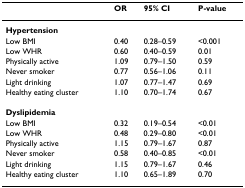
<table><thead><tr><td></td><td><b>OR</b></td><td><b>95% CI</b></td><td><b>P-value</b></td></tr></thead><tbody><tr><td><b>Hypertension</b></td><td></td><td></td><td></td></tr><tr><td>Low BMI</td><td>0.40</td><td>0.28–0.59</td><td>&lt;0.001</td></tr><tr><td>Low WHR</td><td>0.60</td><td>0.40–0.59</td><td>0.01</td></tr><tr><td>Physically active</td><td>1.09</td><td>0.79–1.50</td><td>0.59</td></tr><tr><td>Never smoker</td><td>0.77</td><td>0.56–1.06</td><td>0.11</td></tr><tr><td>Light drinking</td><td>1.07</td><td>0.77–1.47</td><td>0.69</td></tr><tr><td>Healthy eating cluster</td><td>1.10</td><td>0.70–1.74</td><td>0.67</td></tr><tr><td><b>Dyslipidemia</b></td><td></td><td></td><td></td></tr><tr><td>Low BMI</td><td>0.32</td><td>0.19–0.54</td><td>&lt;0.01</td></tr><tr><td>Low WHR</td><td>0.48</td><td>0.29–0.80</td><td>&lt;0.01</td></tr><tr><td>Physically active</td><td>1.15</td><td>0.79–1.67</td><td>0.87</td></tr><tr><td>Never smoker</td><td>0.58</td><td>0.40–0.85</td><td>&lt;0.01</td></tr><tr><td>Light drinking</td><td>1.15</td><td>0.79–1.67</td><td>0.46</td></tr><tr><td>Healthy eating cluster</td><td>1.10</td><td>0.65–1.89</td><td>0.70</td></tr></tbody></table>